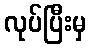
လုပ်ပြီးမှ